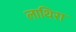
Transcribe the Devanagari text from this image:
लाथिरा